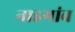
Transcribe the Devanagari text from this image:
नाडगांव